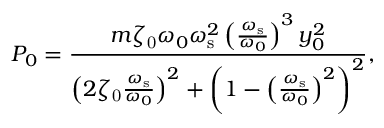
P _ { 0 } = \frac { m \zeta _ { \mathrm { 0 } } \omega _ { 0 } \omega _ { \mathrm { s } } ^ { 2 } \left( \frac { \omega _ { \mathrm { s } } } { \omega _ { 0 } } \right) ^ { 3 } y _ { 0 } ^ { 2 } } { \left( 2 \zeta _ { \mathrm { 0 } } \frac { \omega _ { \mathrm { s } } } { \omega _ { 0 } } \right) ^ { 2 } + \left( 1 - \left( \frac { \omega _ { \mathrm { s } } } { \omega _ { 0 } } \right) ^ { 2 } \right) ^ { 2 } } ,